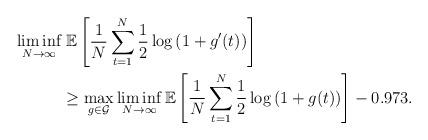
LaTeX: \begin{align*}\liminf_{N \to \infty}&\; \mathbb{E} \left[ \frac{1}{N} \displaystyle\sum\limits_{t = 1}^N \frac{1}{2} \log\left( 1 + g^\prime(t)\right) \right] \\ & \ge \max_{g \in \mathcal{G}} \liminf_{N \to \infty} \mathbb{E} \left[ \frac{1}{N} \displaystyle\sum\limits_{t = 1}^N \frac{1}{2} \log\left( 1 + g( t)\right) \right] - 0.973. \end{align*}